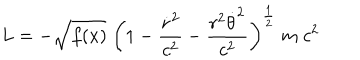
LaTeX: L = - \sqrt { f ( x ) } \; \biggl ( 1 - { \frac { \dot { r } ^ { 2 } } { c ^ { 2 } } } - { \frac { r ^ { 2 } \dot { \theta } ^ { 2 } } { c ^ { 2 } } } \biggr ) ^ { \frac { 1 } { 2 } } \; m \; c ^ { 2 }